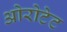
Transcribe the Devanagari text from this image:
ओरोटेट